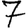
Digit: 7